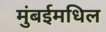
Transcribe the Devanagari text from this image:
मुंबईमधिल